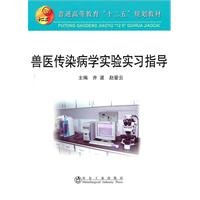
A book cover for Veterinary Epidemiology experiment and practice guidance(Chinese Edition); JING BO DENG ZHU; Medical Books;